Report on horse surra - Volume II, Part II
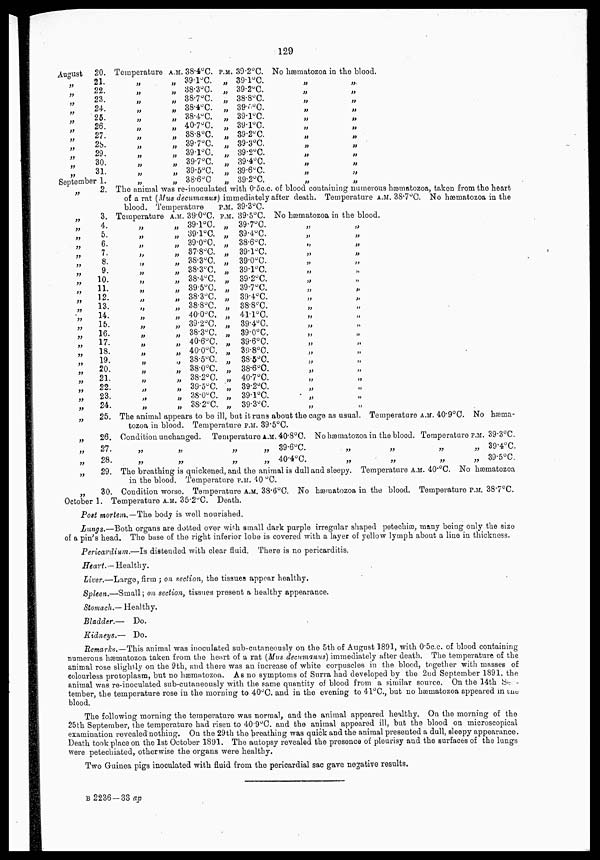
129
August
„
„
„
„
„
„
„
„
„
„
„
20.
21.
22.
23.
24.
25.
26.
27.
28.
29.
30.
31.
September 1.
„
„
„
„
„
„
„
„
„
„
„
„
„
„
„
„
„
„
„
„
„
„
„
„
„
„
„
„
„
2.
3.
4.
5.
6.
7.
8.
9.
10.
11.
12.
13.
14.
15.
16.
17.
18.
19.
20.
21.
22.
23.
24.
25.
26.
27.
28.
29.
30.
Temperature
„
„
„
„
„
„
„
„
„
„
„
„
A.M. 38.4°C.
„ 39.1°C.
„ 38.3°C.
„ 38.7°C
„ 38.4°C.
„ 38.4°C.
„ 40.7°C.
„ 38.8°C.
„ 39.7°C.
„ 39.1°C.
„ 39.7°C.
„ 39.5°C.
„ 38.6°C
P.M.
„
„
„
„
„
„
„
„
„
„
„
„
39.2°C.
39.1°C.
39.2°C.
38.8°C.
39.0°C.
39.1°C.
39.1°C.
39.2°C.
39.3°C.
39.2°C.
39.4°C.
39.6°C.
39.2°C.
No hæmatozoa in the blood.
„
„
„
„
„
„
„
„
„
„
„
„
„
„
„
„
„
„
„
„
„
„
„
„
The animal was re-inoculated with 0.5c.c. of blood containing numerous hæmatozoa, taken from the heart
of a rat (Mus decumanus) immediately after death. Temperature A.M. 38.7°C. NO hæmatozoa in the
blood. Temperature
Temperature
„
„
„
„
„
„
„
„
„
„
„
„
„
„
„
„
„
„
„
„
„
A.M. 39.0°C.
„ 39.1°C.
„ 39.1°C.
„ 39.0°C.
„ 37.8°C.
„ 38.3°C.
„ 38.3°C.
„ 38.4°C.
„ 39.5°C.
„ 38.3°C.
„ 38.8°C.
„ 40.0°C.
„ 39.2°C.
„ 38.3°C.
„ 40.6°C.
„ 40.0°C.
„ 38.5°C.
„ 38.0°C.
„ 38.2°C.
„ 39.5°C.
„ 38.0°C.
„ 38.2°C.
P.M.
P.M.
„
„
„
„
„
„
„
„
„
„
„
„
„
„
„
„
„
„
„
„
„
39.3°C.
39.5°C.
39.7°C.
39.4°C.
38.6°C.
39.1°C.
39.0°C.
39.1°C.
39.2°C.
39.7°C.
39.4°C.
38.8°C.
41.1°C.
39.4°C.
39.0°C.
39.6°C.
39.8°C.
38.5°C.
38.6°C.
40.7°C.
39.2°C.
39.1°C.
39.3°C.
No hæmatozoa in the blood.
„
„
„
„
„
„
„
„
„
„
„
„
„
„
„
„
„
„
„
„
„
„
„
„
„
„
„
„
„
„
„
„
„
„
„
„
„
„
„
„
„
„
The animal appears to be ill, but it runs about the cage as usual. Temperature A.M. 40.9°C. NO hæma¬
tozoa in blood. Temperature P.M. 39.5°C.
Condition unchanged. Temperature A.M. 40.8°C. No hæmatozoa in the blood. Temperature P.M. 39.3°C.
„
„
„
„
„ „
„ „
39.6°C.
40.4°C.
„
„
„
„
„
„
„
„
39.4°C.
39.5°C.
The breathing is quickened, and the animal is dull and sleepy. Temperature A.M. 40. O C. No hæmatozoa
in the blood. Temperature P.M. 40 °C.
Condition worse. Temperature A.M. 38.6°C. No hæmatozoa in the blood. Temperature P.M. 38.7°C.
October 1. Temperature A.M. 35.2°C. Death.
Post mortem.— The body is well nourished.
Lungs.—Both organs are dotted over with small dark purple irregular shaped petechiæ, many being only the size
of a pin's head. The base of the right inferior lobe is covered with a layer of yellow lymph about a line in thickness.
Pericardium.—Is distended with clear fluid. There is no pericarditis.
Heart.—Healthy.
Liver.—Large, firm ; on section, the tissues appear healthy.
Spleen.—Small ; on section, tissues present a healthy appearance.
Stomach.— Healthy.
Bladder.— Do.
Kidneys.— Do.
Remarks.—This animal was inoculated sub-cutaneously on the 5th of August 1891, with 0.5c.c. of blood containing
numerous hæmatozoa taken from the heart of a rat (Mus decumanus) immediately after death. The temperature of the
animal rose slightly on the 9th, and there was an increase of white corpuscles in the blood, together with masses of
colourless protoplasm, but no hæmatozoa. As no symptoms of Surra had developed by the 2nd September 1891. the
animal was re-inoculated sub-cutaneously with the same quantity of blood from a similar source. On the 14th Sep¬
tember, the temperature rose in the morning to 40°C. and in the evening to 41°C., but no hæmatozoa appeared in the
blood.
The following morning the temperature was normal, and the animal appeared healthy. On the morning of the
25th September, the temperature had risen to 40.9°C. and the animal appeared ill, but the blood on microscopical
examination revealed nothing. On the 29th the breathing was quick and the animal presented a dull, sleepy appearance.
Death took place on the 1st October 1891. The autopsy revealed the presence of pleurisy and the surfaces of the lungs
were petechiated, otherwise the organs were healthy.
Two Guinea pigs inoculated with fluid from the pericardial sac gave negative results.
B 2236-33 ap